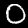
Label: 0